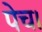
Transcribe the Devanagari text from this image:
पेच।